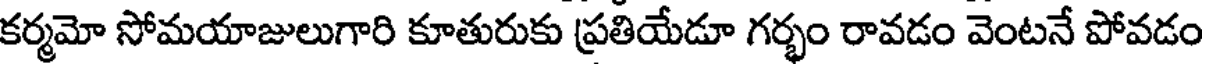
కర్మమో సోమయాజులుగారి కూతురుకు ప్రతియేడూ గర్భం రావడం వెంటనే పోవడం